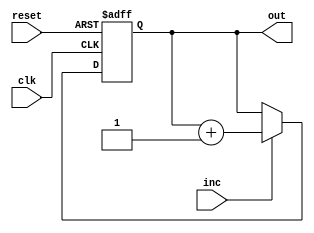
module Counter(clk, reset, inc, out);
    parameter WIDTH = 16;
    input clk, reset, inc;
    output [WIDTH-1:0] out;
    reg [WIDTH-1:0] cnt;

    always@(posedge clk, negedge reset) begin
        if (!reset)
            cnt <= 0;
        else begin
            if (inc)
                cnt <= cnt + 1;
            else 
                cnt <= cnt;
        end
    end

    assign out = cnt;

endmodule

module Counter_TB();
    reg clk, reset, inc;
    wire[10:0] out;

    Counter #(
        .WIDTH(11)
    ) cnt (clk, reset, inc, out);

    initial begin
        clk = 1'b0;
        inc = 1'b0;
        repeat(100) #10 clk = ~clk;
    end
        

    initial begin
        reset = 1'b1;
        #2;
        reset = 1'b0;
        #25;
        reset = 1'b1;
        #5;
        inc = 1'b1;
        #40;
        inc = 1'b0;
        #20;
        inc = 1'b1;
        #500;
        $stop;

    end


endmodule